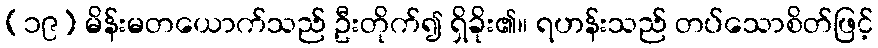
(၁၉) မိန်းမတယောက်သည် ဦးတိုက်၍ ရှိခိုး၏။ ရဟန်းသည် တပ်သောစိတ်ဖြင့်